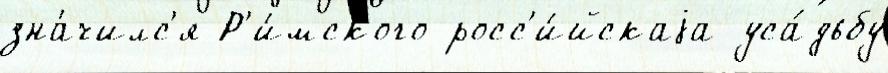
зна́чилс'я Р'и́мского росс'и́йскаjа уса́дьбу